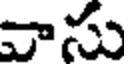
వాసు